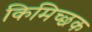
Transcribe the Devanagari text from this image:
किमिच्छक